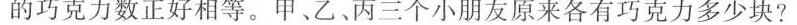
的巧克力数正好相等。甲、乙、丙三个小朋友原来各有巧克力多少块?